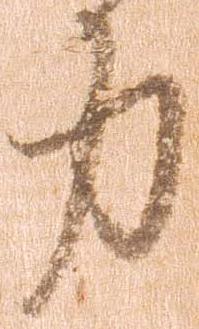
力